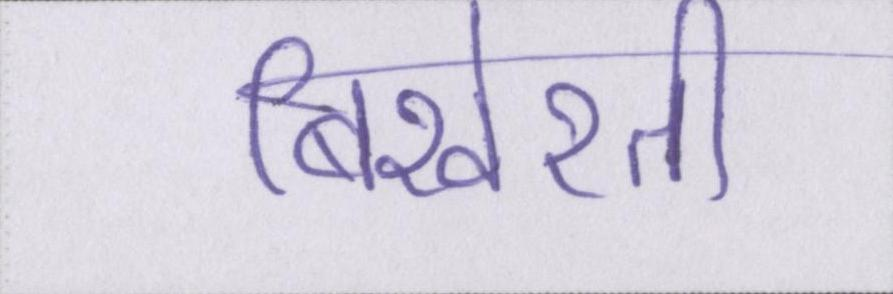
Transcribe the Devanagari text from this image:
बिखेरती